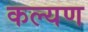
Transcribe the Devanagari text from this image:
कल्यण